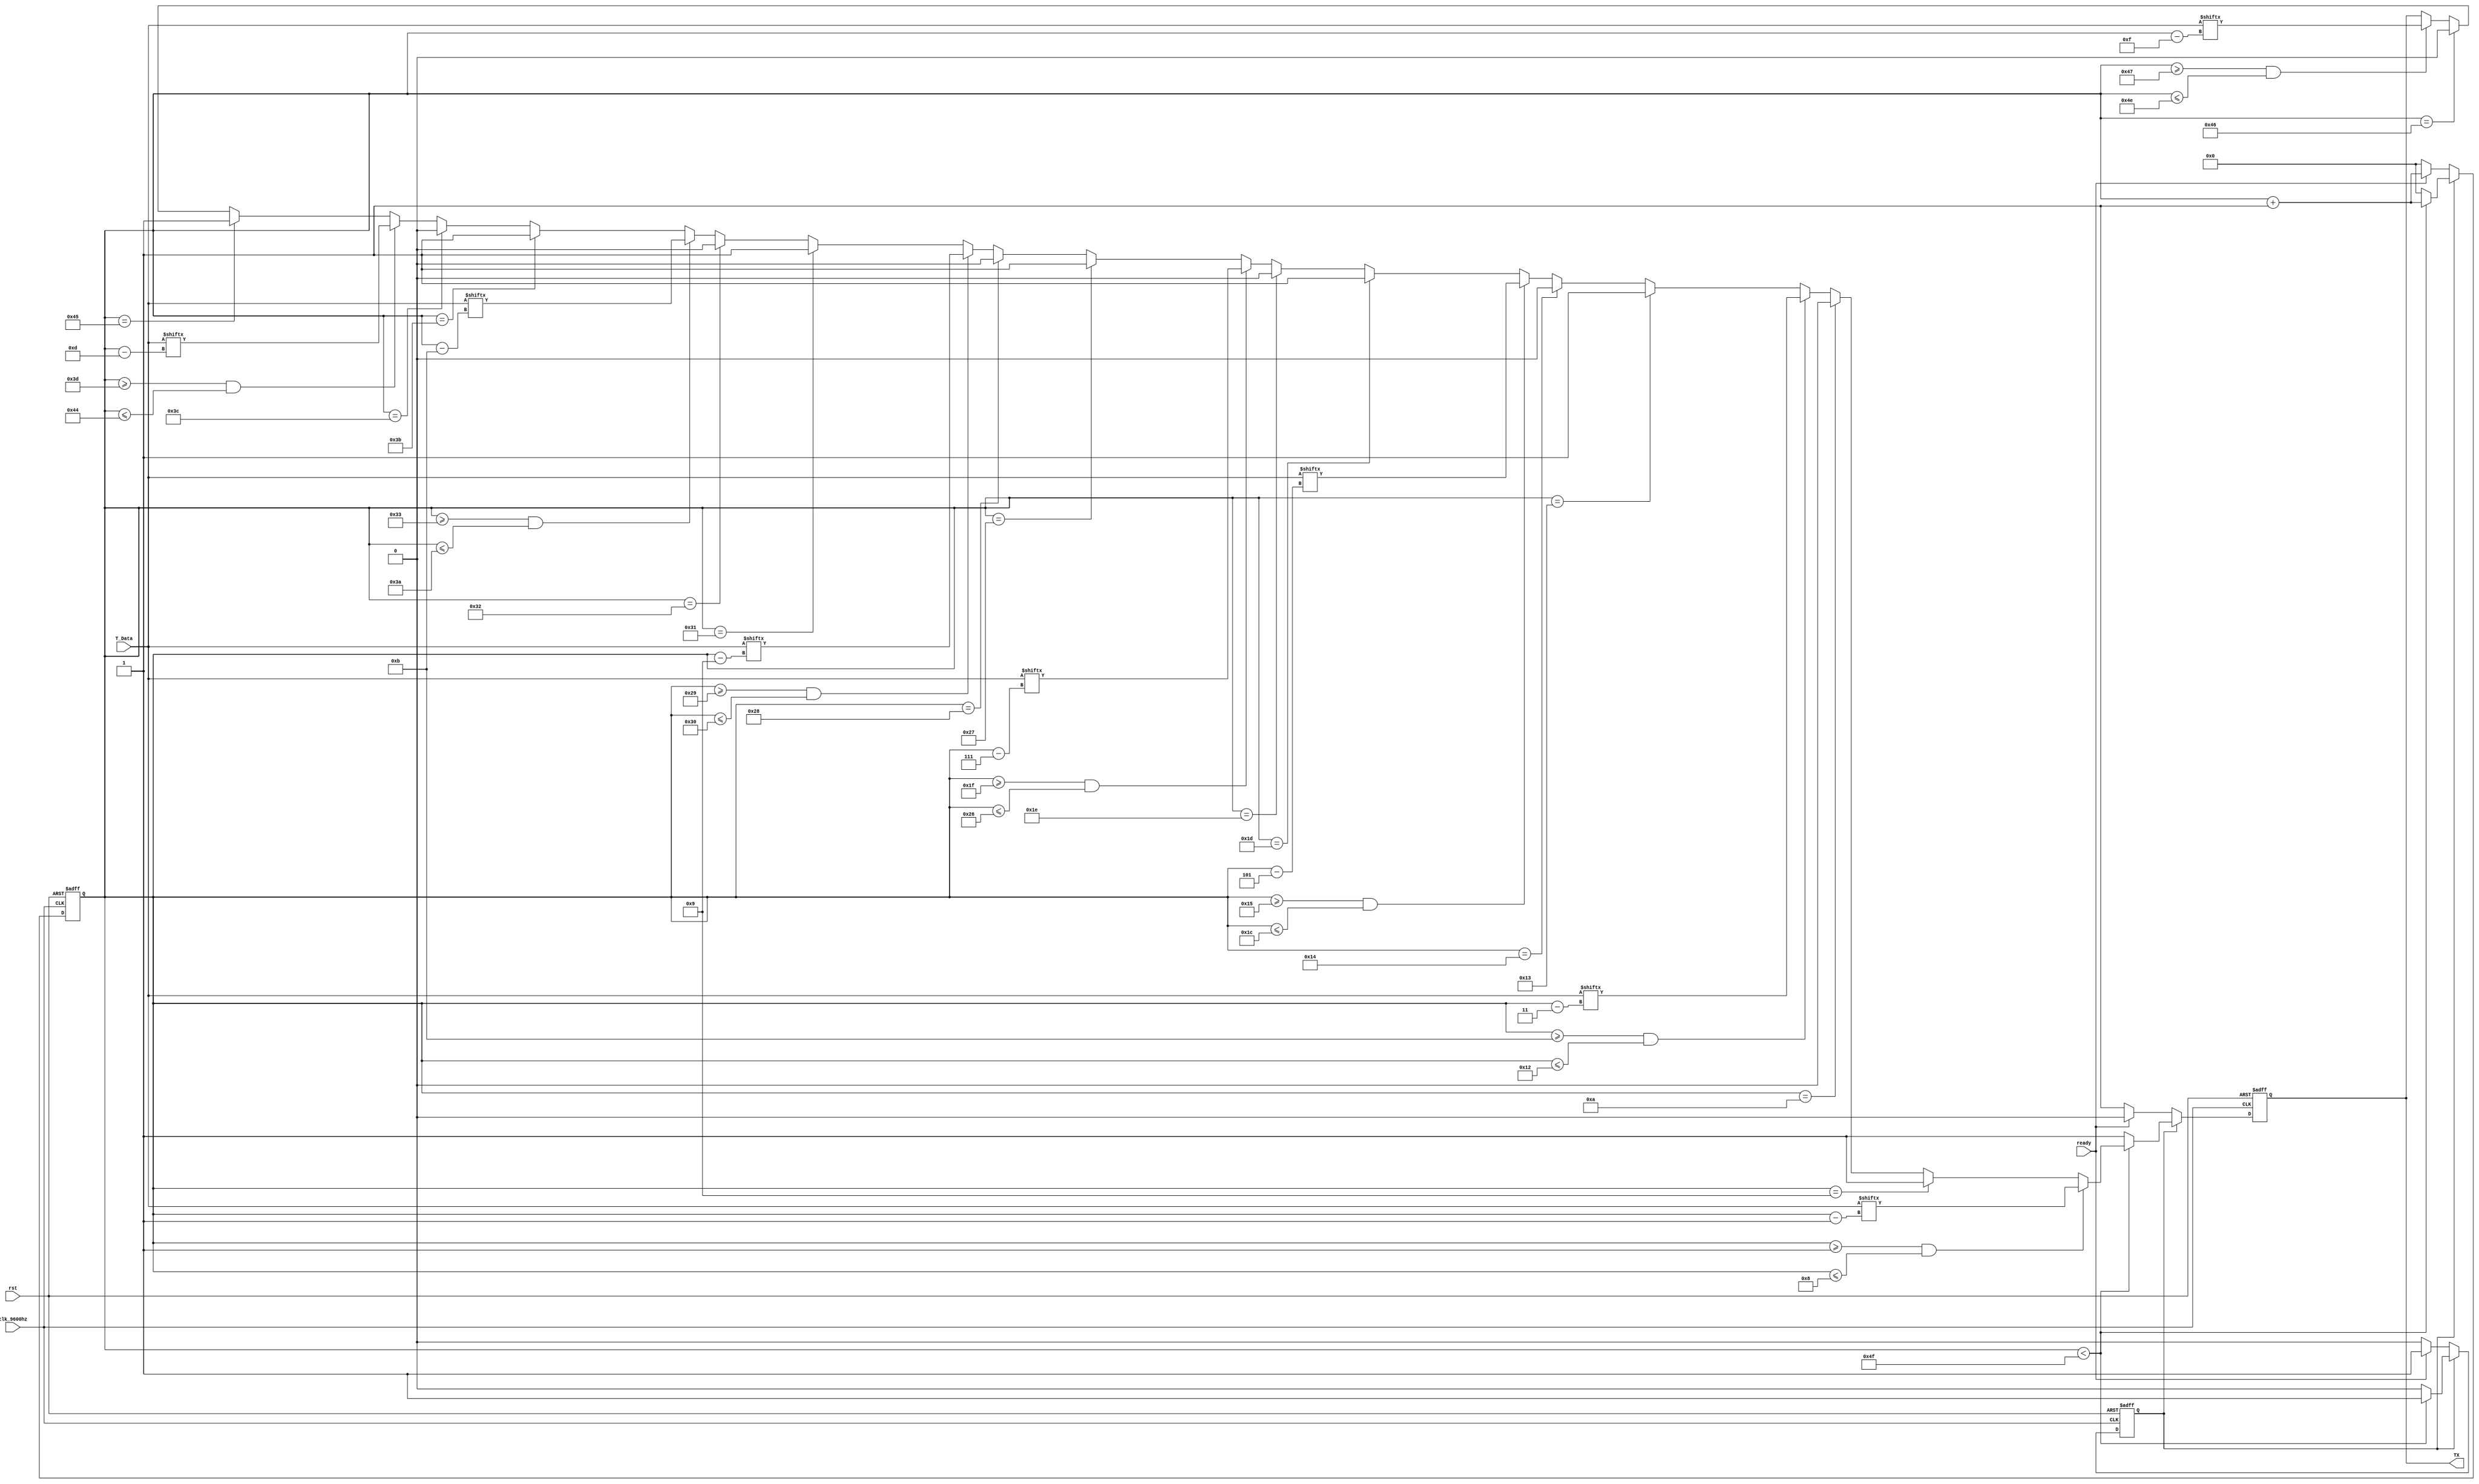
`timescale 1ns / 1ps
//////////////////////////////////////////////////////////////////////////////////
// Company: 
// Engineer: 
// 
// Design Name: 
// Module Name: Bluetooth_TransmitData
// Project Name: 
// Target Devices: 
// Tool Versions: 
// Description: 
// 
// Dependencies: 
// 
// Revision:
// Revision 0.01 - File Created
// Additional Comments:
// 
//////////////////////////////////////////////////////////////////////////////////


module Bluetooth_TransmitData(
    input clk_9600hz,rst,ready,
    input [63:0]T_Data,
    output reg TX
    );
    reg [6:0]cnt;
    reg begin_transmit;
    parameter LENTH=79;
    
    always @ (posedge clk_9600hz or posedge rst)
    begin
        if (rst)
        begin
            begin_transmit<=0;
            cnt<=0;
            TX<=1;
        end
        else 
        begin
            if (begin_transmit==0)
            begin
                if (ready==1)
                begin
                    begin_transmit<=1;
                    cnt<=cnt+1;
                    TX<=0;
                end
                else 
                begin
                    begin_transmit<=0;
                    cnt<=0;
                    TX<=1;
                end
            end
            else 
            begin
                if (cnt<LENTH)
                begin
                    if (cnt>=1 && cnt<=8)
                    begin
                        TX=T_Data[cnt-1];
                    end
                    else if (cnt==9)
                    begin
                        TX=1;
                    end
                    else if (cnt==10)
                    begin
                        TX=0;
                    end
                    else if (cnt>=11 && cnt<=18)
                    begin
                        TX=T_Data[cnt-3];
                    end 
                    else if (cnt==19)
                    begin
                        TX=1;
                    end
                    else if (cnt==20)
                    begin
                        TX=0;
                    end
                    else if (cnt>=21 && cnt<=28)
                    begin
                        TX=T_Data[cnt-5];
                    end
                    else if (cnt==29)
                    begin
                        TX=1;
                    end
                    else if (cnt==30)
                    begin
                        TX=0;
                    end
                    else if (cnt>=31 && cnt<=38)
                    begin
                        TX=T_Data[cnt-7];
                    end
                    else if (cnt==39)
                    begin
                        TX=1;
                    end
                    else if (cnt==40)
                    begin
                        TX=0;
                    end
                    else if (cnt>=41 && cnt<=48)
                    begin
                        TX=T_Data[cnt-9];
                    end 
                    else if (cnt==49)
                    begin
                        TX=1;
                    end
                    else if (cnt==50)
                    begin
                        TX=0;
                    end
                    else if (cnt>=51 && cnt<=58)
                    begin
                        TX=T_Data[cnt-11];
                    end
                    else if (cnt==59)
                    begin
                        TX=1;
                    end
                    else if (cnt==60)
                    begin
                        TX=0;
                    end
                    else if (cnt>=61 && cnt<=68)
                    begin
                        TX=T_Data[cnt-13];
                    end
                    else if (cnt==69)
                    begin
                        TX=1;
                    end
                    else if (cnt==70)
                    begin
                        TX=0;
                    end
                    else if (cnt>=71 && cnt<=78)
                    begin
                        TX=T_Data[cnt-15];
                    end
                    begin_transmit=1;
                    cnt=cnt+1;
                end
                else
                begin
                    begin_transmit<=0;
                    cnt<=0;
                    TX<=1;
                end
            end
        end
    end
    
endmodule